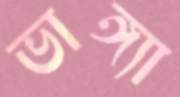
ভাঙ্গ্যা